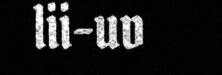
lii-uv